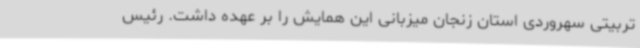
تربیتی سهروردی استان زنجان میزبانی این همایش را بر عهده داشت. رئیس